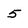
Character: 5